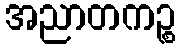
အညာတကဉ္စ